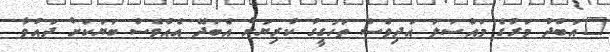
"އަބްދު މަރުގެ މައްސަލަ އަދިވެސް ތަހުގީގު ކުރިޔަށް އެބަދޭ އެއްވެސް ބަޔަކަށް ދަައުވާ